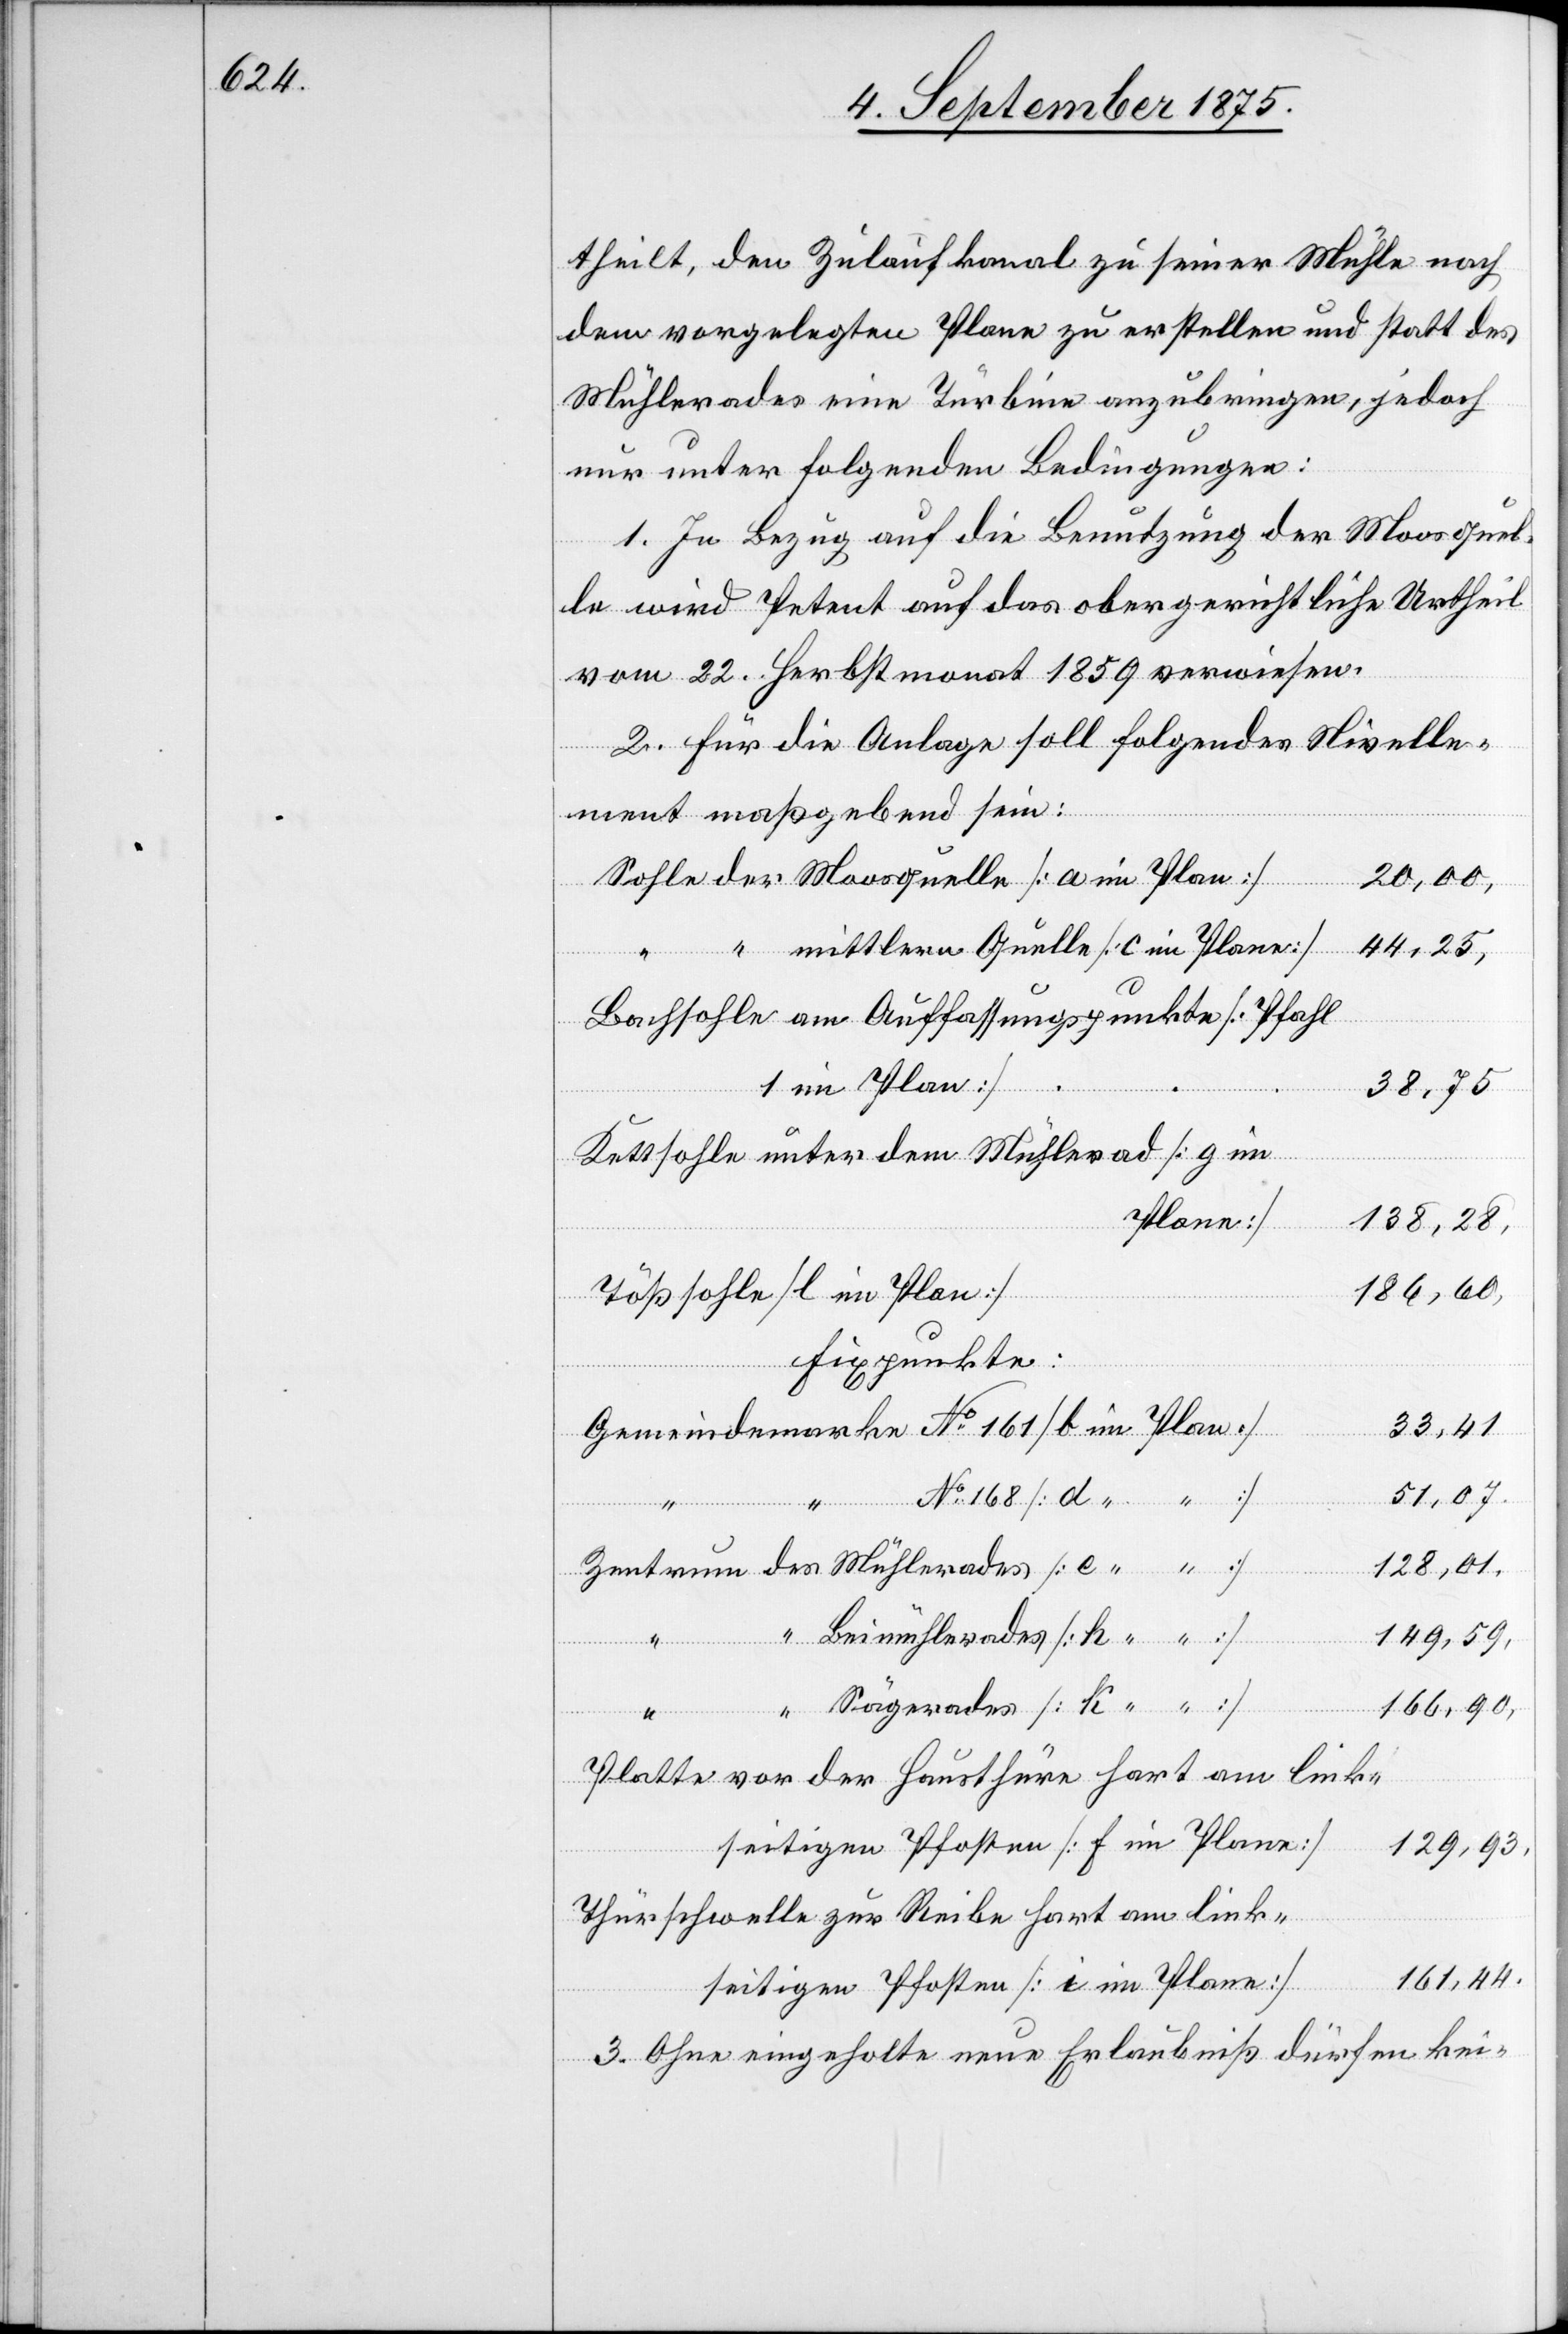
theilt, den Zulaufkanal zu seiner Mühle nach
dem vorgelegten Plane zu erstellen und statt des
Mühlerades eine Turbine anzubringen, jedoch
nur unter folgenden Bedingungen:
1. In Bezug auf die Benutzung der Moosquel¬
le wird Petent auf das obergerichtliche Urtheil
vom 22. Herbstmonat 1859 verwiesen.
2. Für die Anlage soll folgendes Nivelle¬
ment maßgebend sein:
20,00,
sseitigen
44,25,
38,75
Kettsohle unter dem Mühlerad
Plan]
138,28
186,60
Fixpunkte:
33,41
51,07,
Gemeindem¬
128,01,
Pfosten
149,59,
166,90,
Platte vor der Hausthüre hart am link¬
129,93,
Thürschwelle zur Reibe hart am link¬
161,44.
3. Ohne eingeholte neue Erlaubniß dürfen kei-